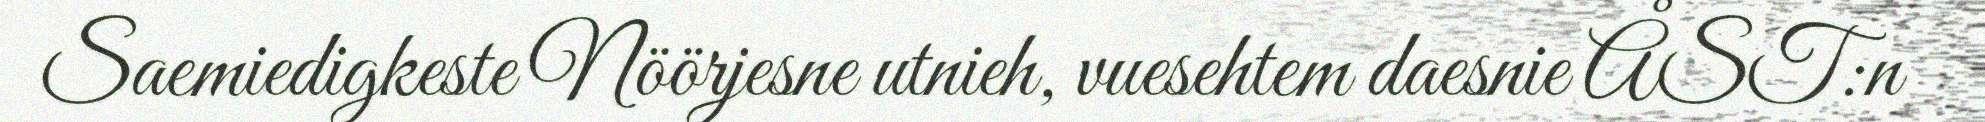
Saemiedigkeste Nöörjesne utnieh, vuesehtem daesnie ÅST:n